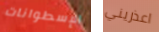
الإسطوانات اعذريني